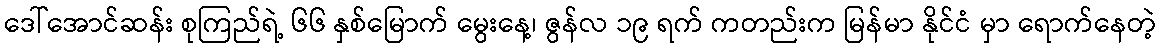
ဒေါ်အောင်ဆန်း စုကြည်ရဲ့ ၆၆ နှစ်မြောက် မွေးနေ့၊ ဇွန်လ ၁၉ ရက် ကတည်းက မြန်မာ နိုင်ငံ မှာ ရောက်နေတဲ့